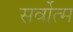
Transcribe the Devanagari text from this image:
सर्वोत्‍म